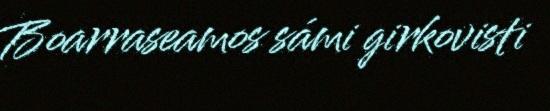
Boarraseamos sámi girkovisti